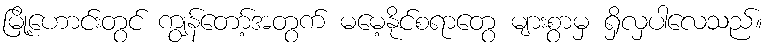
မြို့ဟောင်းတွင် ကျွန်တော့်အတွက် မမေ့နိုင်စရာတွေ များစွာမှ ရှိလှပါလေသည်။